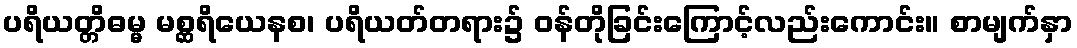
ပရိယတ္တိဓမ္မ မစ္ဆရိယေနစ၊ ပရိယတ်တရား၌ ဝန်တိုခြင်းကြောင့်လည်းကောင်း။ စာမျက်နှာ